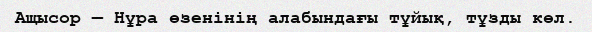
Ащысор — Нұра өзенінің алабындағы тұйық, тұзды көл.